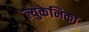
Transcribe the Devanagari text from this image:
ल्युकेनिका